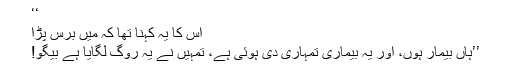
‘‘
اس کا یہ کہنا تھا کہ میں برس پڑا
’’ہاں بیمار ہوں، اور یہ بیماری تمہاری دی ہُوئی ہے، تمہیں نے یہ روگ لگایا ہے بیگو!